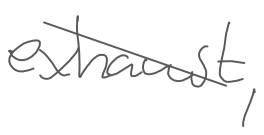
Text: exhaust,
Cross-out: diagonal
Writing tool: digital_gray